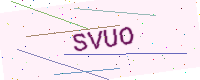
Text: SVUO